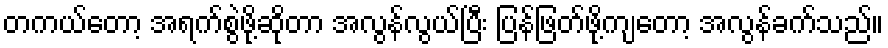
တကယ်တော့ အရက်စွဲဖို့ဆိုတာ အလွန်လွယ်ပြီး ပြန်ဖြတ်ဖို့ကျတော့ အလွန်ခက်သည်။